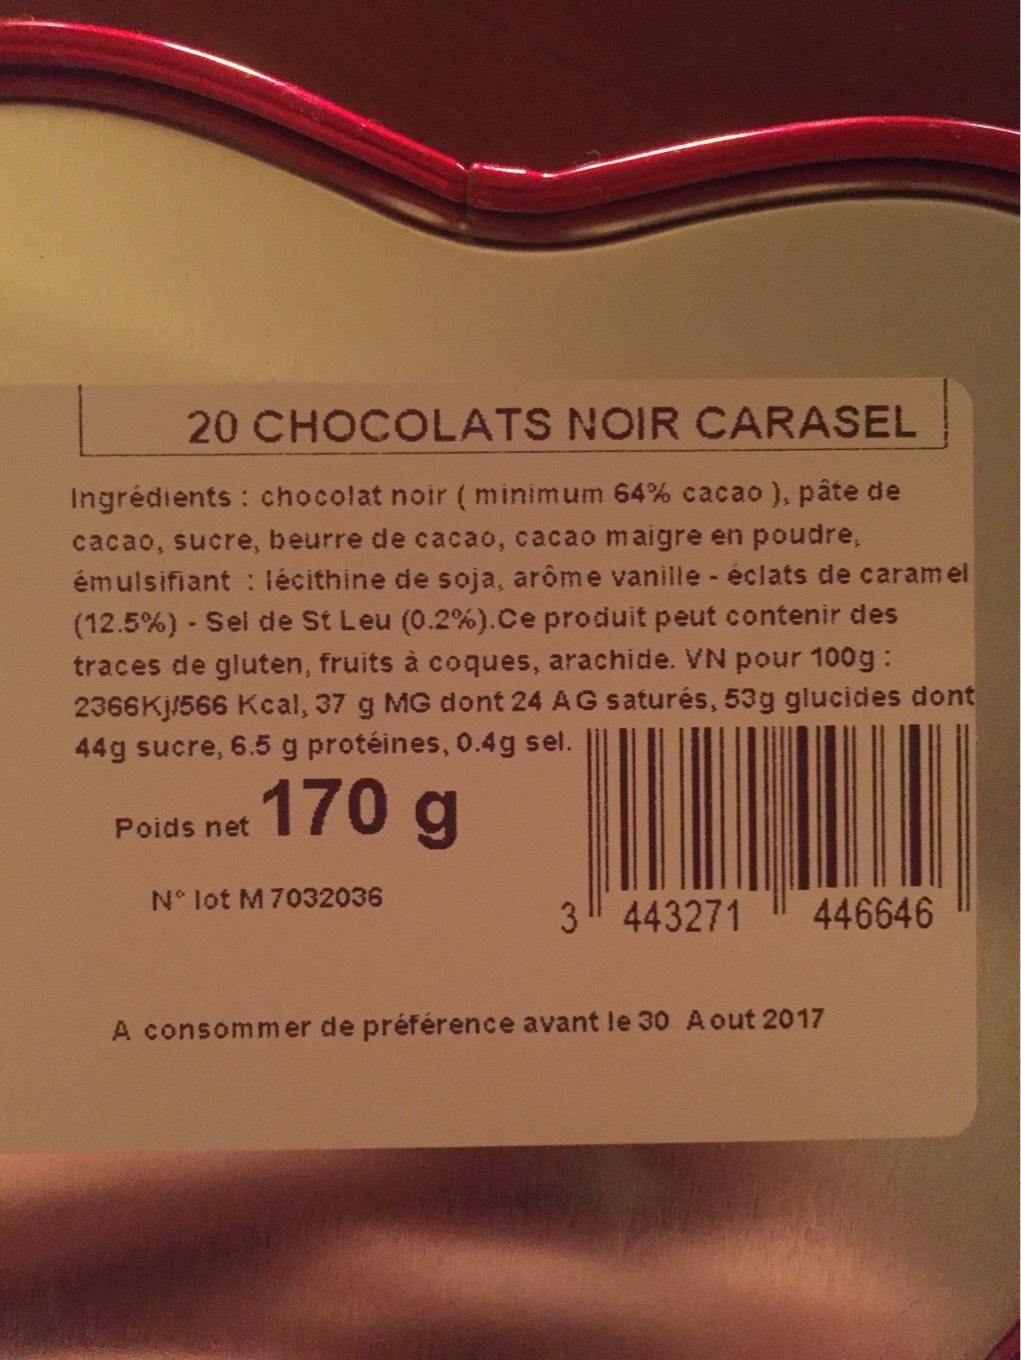
20 CHOCOLATS NOIR CARASEL
Ingrédients: chocolat noir (minimum 64% cacao ), pâte de cacao, sucre, beurre de cacao, cacao maigre en poudre, émulsifiant : lécithine de soja, arôme vanille - éclats de caramel (12.5%) - Sel de St Leu (0.2%). Ce produit peut contenir des traces de gluten, fruits à coques, arachide. VN pour 100g: 2366Kj/566 Kcal, 37 g MG dont 24 AG saturés, 53g glucides dont 44g sucre, 6.5 g protéines, 0.4g sel.
170 g
Poids net
N° lot M 7032036
3¹ 443271
446646
A consommer de préférence avant le 30 Aout 2017